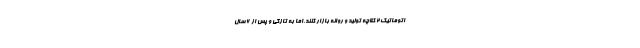
اتوماتیک 2 کلاچه تولید و روانه بازار کنند.اما به تازگی و پس از 6 سال